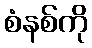
စံနစ်ကို